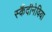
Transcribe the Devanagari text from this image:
स्कैंदीनेविया